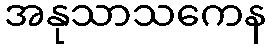
အနုသာသကေန